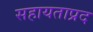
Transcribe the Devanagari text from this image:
सहायताप्रद